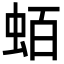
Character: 蛨